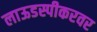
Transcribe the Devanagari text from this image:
लाऊडस्पीकरवर